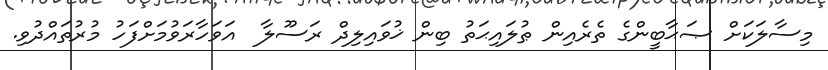
މިސާލަކަށް ޞަޙާބީންގެ ތެރެއިން ޠުލައިޙަތު ބިން ޚުވައިލިދް ރަސޫލާ  އަވަހާރަވުމަށްފަހު މުރުތައްދުވި.